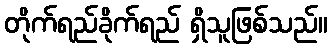
တိုက်ရည်ခိုက်ရည် ရှိသူဖြစ်သည်။